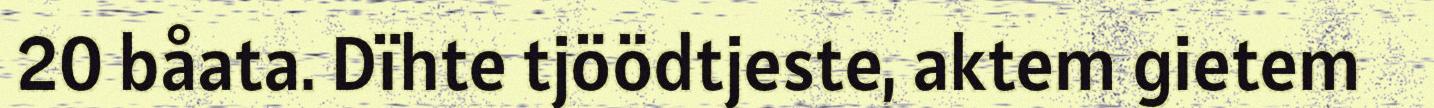
20 båata. Dïhte tjöödtjeste, aktem gietem